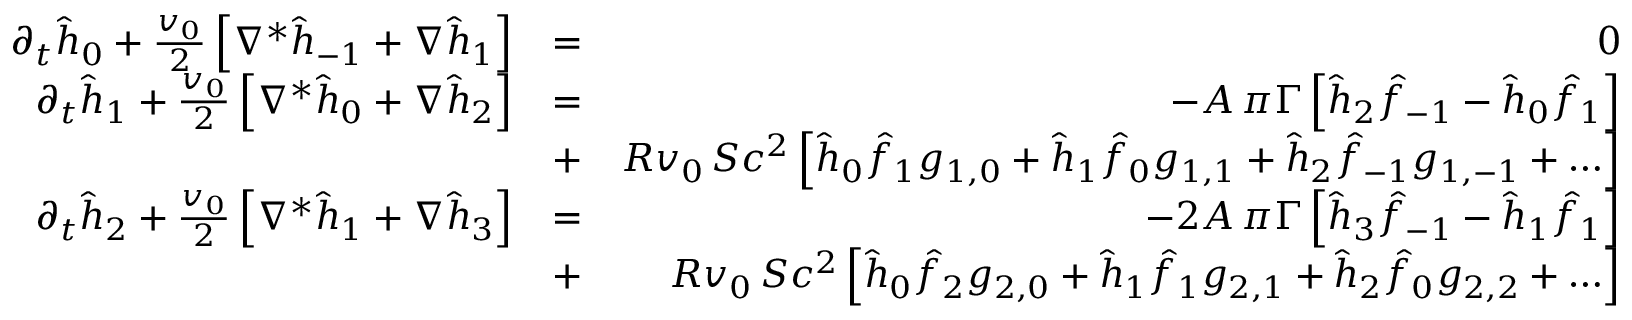
\begin{array} { r l r } { \partial _ { t } \hat { h } _ { 0 } + { \frac { v _ { 0 } } { 2 } } \left[ \nabla ^ { * } \hat { h } _ { - 1 } + \nabla \hat { h } _ { 1 } \right] } & { = } & { 0 } \\ { \partial _ { t } \hat { h } _ { 1 } + { \frac { v _ { 0 } } { 2 } } \left[ \nabla ^ { * } \hat { h } _ { 0 } + \nabla \hat { h } _ { 2 } \right] } & { = } & { - A \, \pi \Gamma \left[ \hat { h } _ { 2 } \hat { f } _ { - 1 } - \hat { h } _ { 0 } \hat { f } _ { 1 } \right] } \\ & { + } & { R v _ { 0 } \, S c ^ { 2 } \left[ \hat { h } _ { 0 } \hat { f } _ { 1 } g _ { 1 , 0 } + \hat { h } _ { 1 } \hat { f } _ { 0 } g _ { 1 , 1 } + \hat { h } _ { 2 } \hat { f } _ { - 1 } g _ { 1 , - 1 } + \ldots \right] } \\ { \partial _ { t } \hat { h } _ { 2 } + { \frac { v _ { 0 } } { 2 } } \left[ \nabla ^ { * } \hat { h } _ { 1 } + \nabla \hat { h } _ { 3 } \right] } & { = } & { - 2 A \, \pi \Gamma \left[ \hat { h } _ { 3 } \hat { f } _ { - 1 } - \hat { h } _ { 1 } \hat { f } _ { 1 } \right] } \\ & { + } & { R v _ { 0 } \, S c ^ { 2 } \left[ \hat { h } _ { 0 } \hat { f } _ { 2 } g _ { 2 , 0 } + \hat { h } _ { 1 } \hat { f } _ { 1 } g _ { 2 , 1 } + \hat { h } _ { 2 } \hat { f } _ { 0 } g _ { 2 , 2 } + \ldots \right] } \end{array}